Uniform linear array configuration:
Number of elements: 48
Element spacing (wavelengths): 0.75
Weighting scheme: exponential
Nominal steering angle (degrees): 15
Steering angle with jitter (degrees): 14.936
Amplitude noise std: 0.05
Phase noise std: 0.05

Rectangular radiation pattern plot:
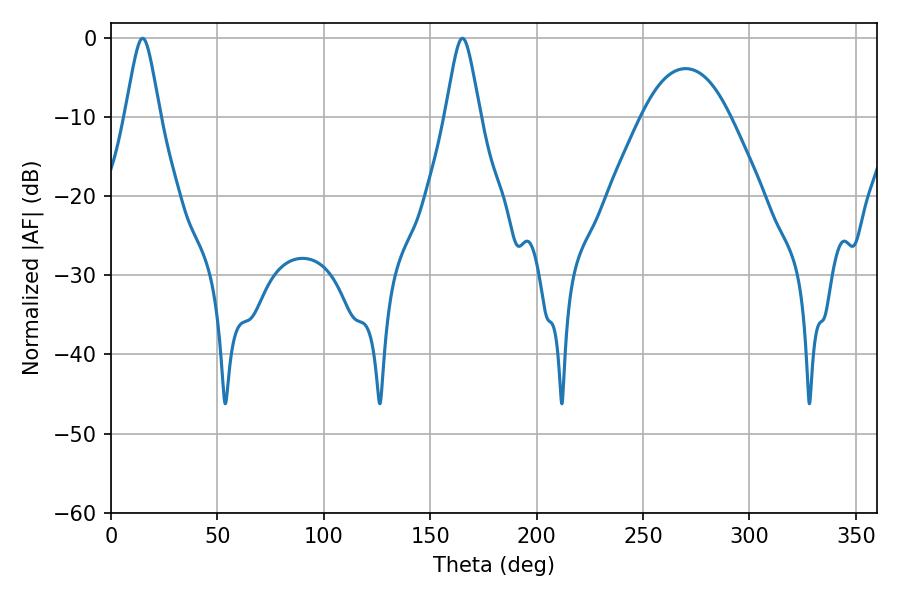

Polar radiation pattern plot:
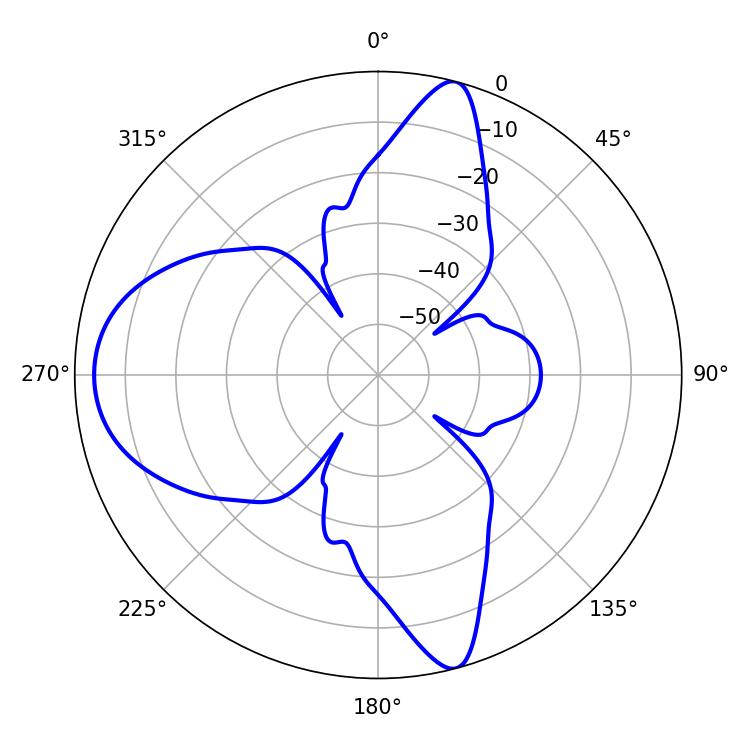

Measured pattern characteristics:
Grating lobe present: TRUE
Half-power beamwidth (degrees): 7.74
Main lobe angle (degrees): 14.94